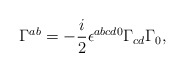
\begin{align*}\Gamma^{ab} = -\frac i2\epsilon^{abcd0}\Gamma_{cd}\Gamma_0,\end{align*}